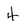
Character: 4